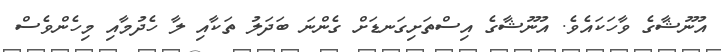
އުނޫޝާގެ ވާހަކައެވެ. އުނޫޝާގެ އިސްތަށިގަނޑަށް ގެންނަ ބަދަލު ތަކާއި ލާ ހެދުމާއި މިހެންވެސް